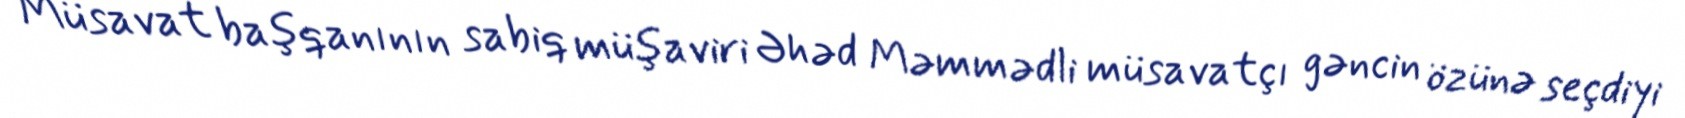
Müsavat başqanının sabiq müşaviri Əhəd Məmmədli müsavatçı gəncin özünə seçdiyi